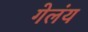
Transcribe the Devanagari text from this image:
गेलंय